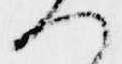
へ